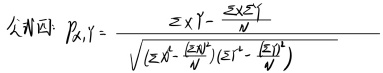
公式为：
\[r_{X,Y} = \frac{\sum XY - \frac{\sum X\sum Y}{N}}{\sqrt{(\sum X^{2}-\frac{(\sum X)^{2}}{N})(\sum Y^{2} - \frac{(\sum Y)^{2}}{N})}}\]